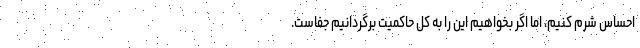
احساس شرم کنیم، اما اگر بخواهیم این را به کل حاکمیت برگردانیم جفاست.